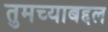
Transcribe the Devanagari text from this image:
तुमच्याबद्दल